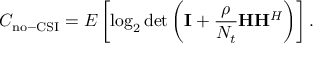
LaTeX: C _ { \mathrm { n o - C S I } } = E \left[ \log _ { 2 } \operatorname* { d e t } \left( \mathbf { I } + { \frac { \rho } { N _ { t } } } \mathbf { H } \mathbf { H } ^ { H } \right) \right] .